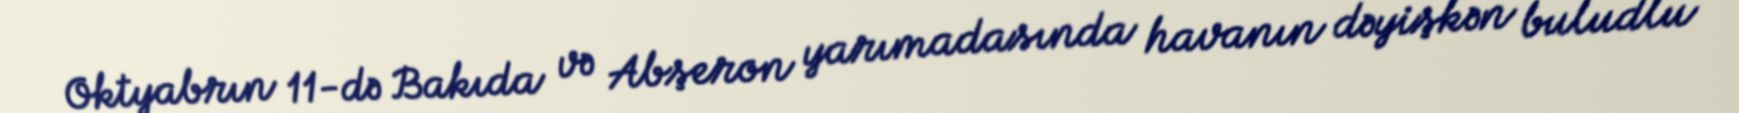
Oktyabrın 11-də Bakıda və Abşeron yarımadasında havanın dəyişkən buludlu